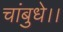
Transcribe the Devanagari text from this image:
चांबुधे।।